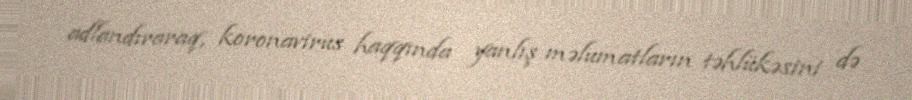
adlandıraraq, koronavirus haqqında yanlış məlumatların təhlükəsini də